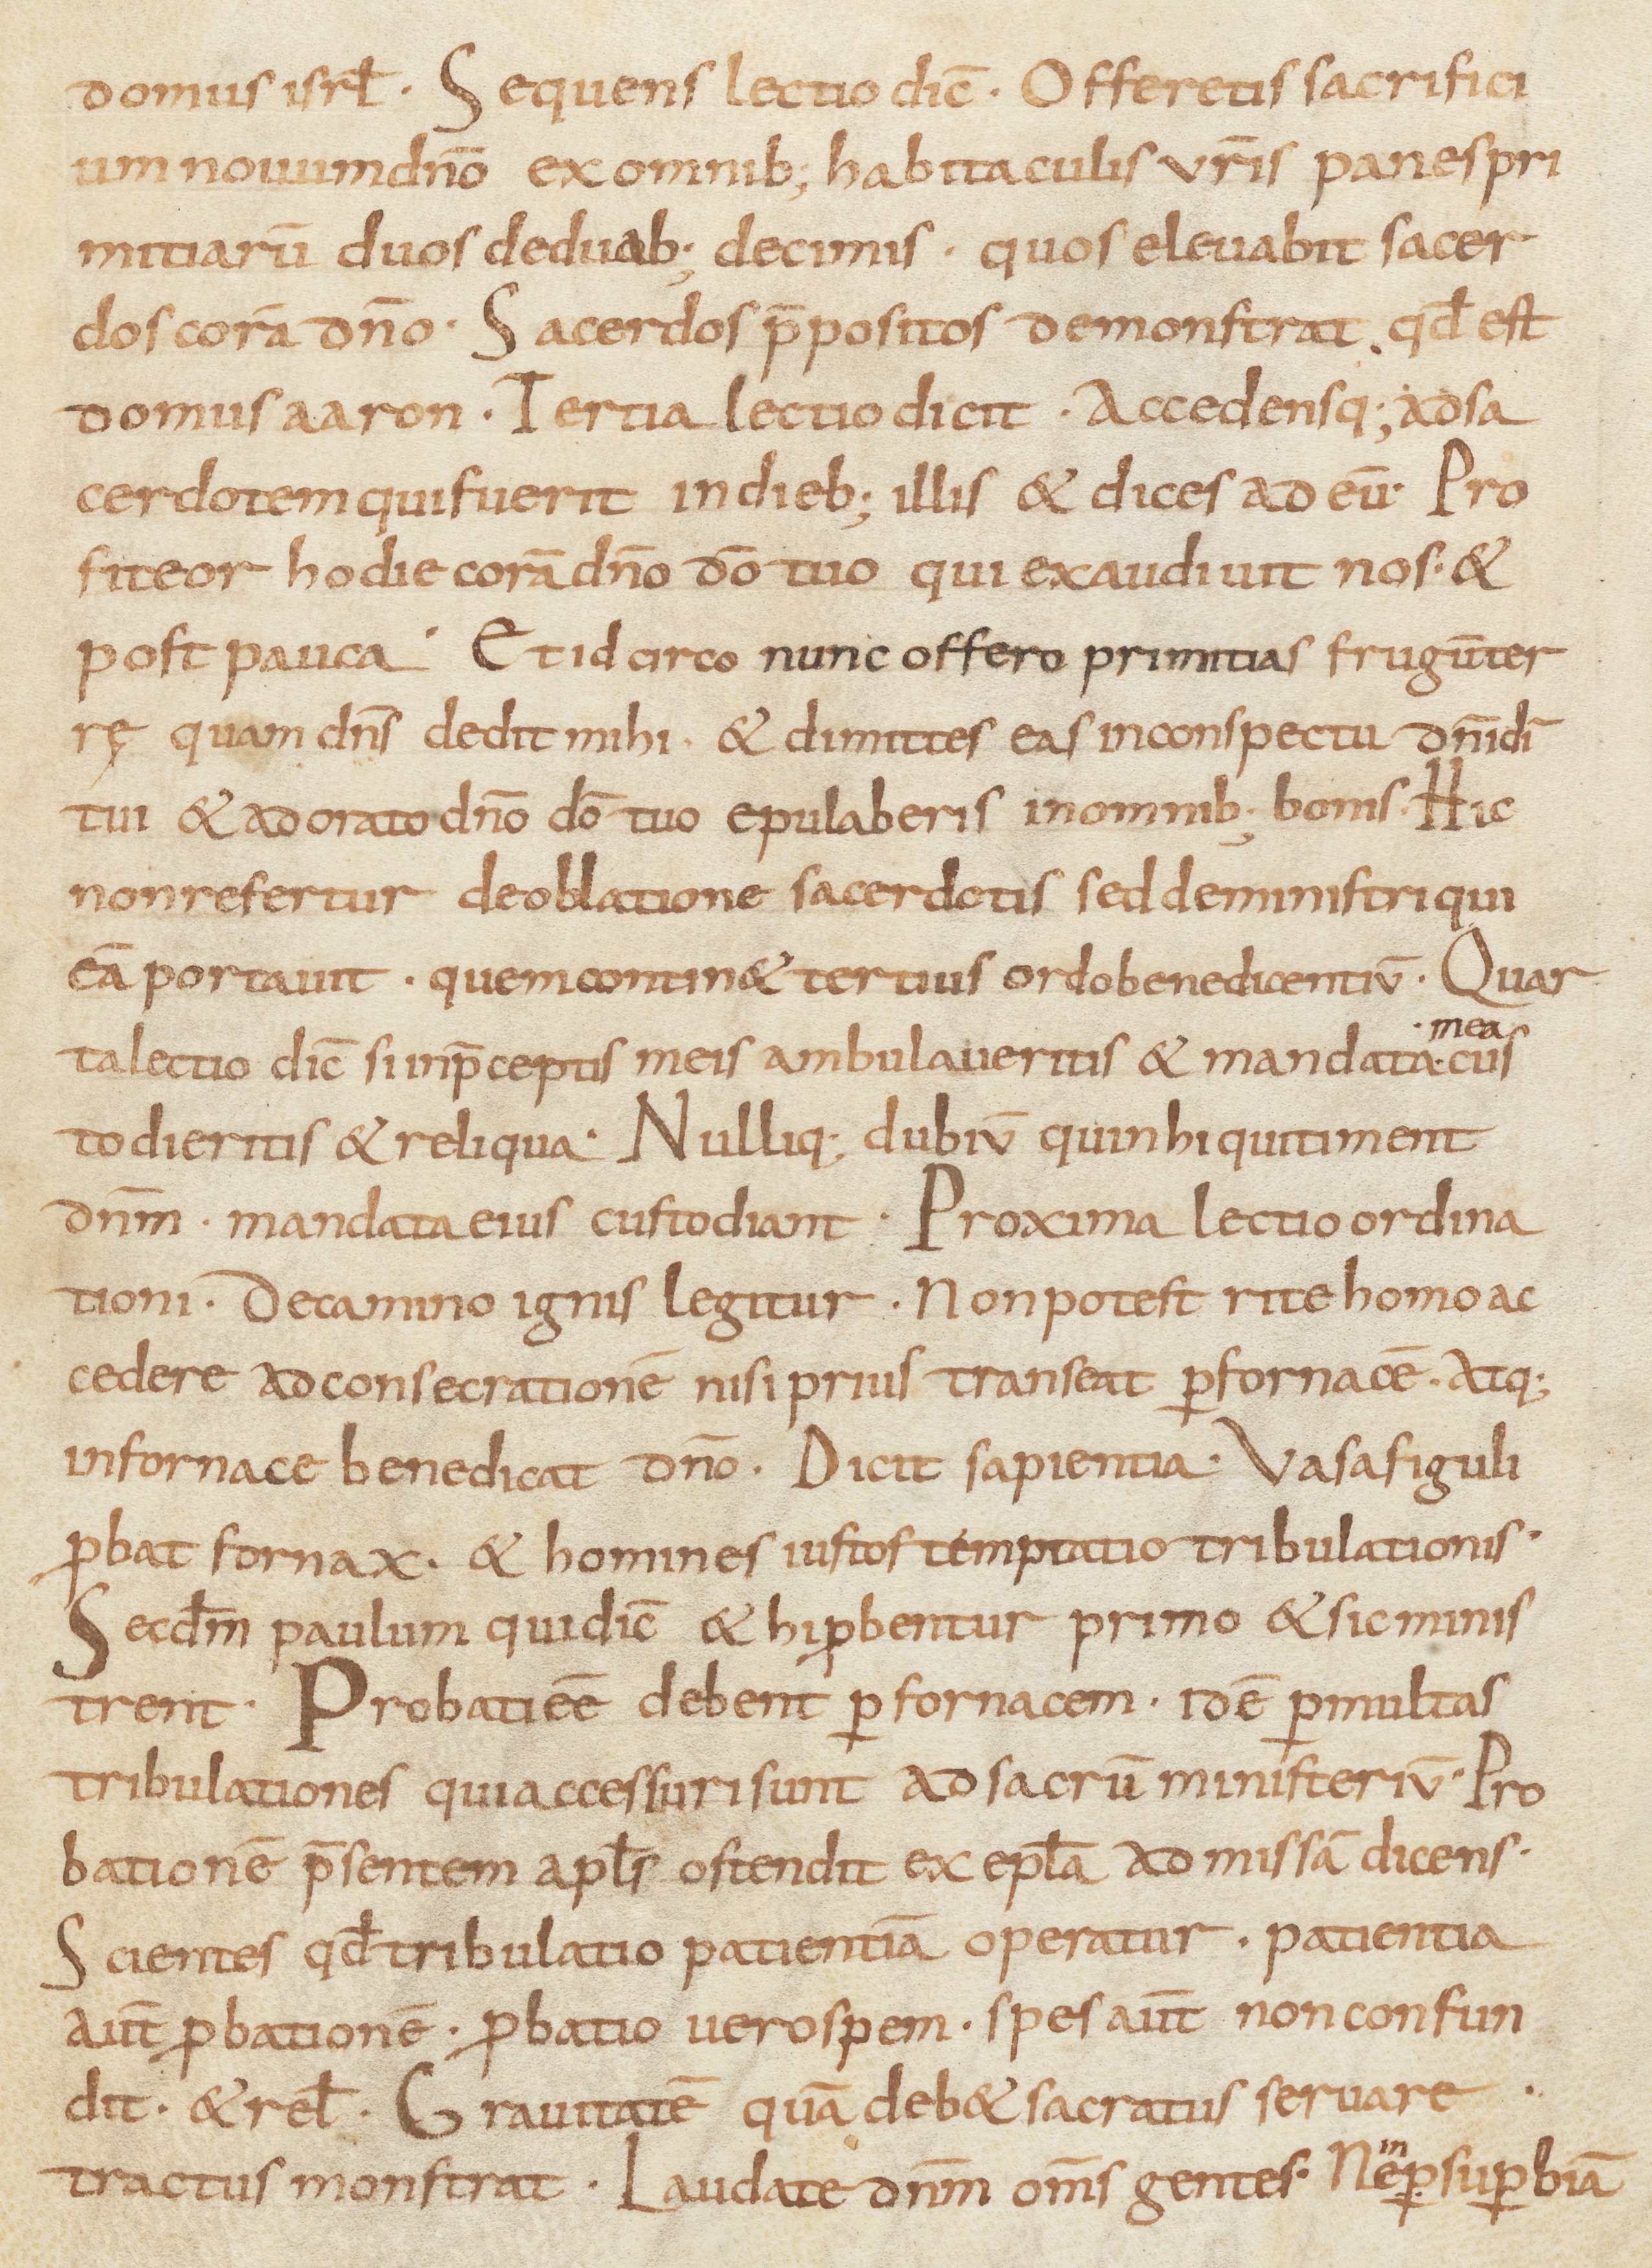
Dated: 800–899